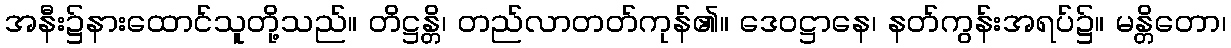
အနီး၌နားထောင်သူတို့သည်။ တိဋ္ဌန္တိ၊ တည်လာတတ်ကုန်၏။ ဒေဝဋ္ဌာနေ၊ နတ်ကွန်းအရပ်၌။ မန္တိတော၊